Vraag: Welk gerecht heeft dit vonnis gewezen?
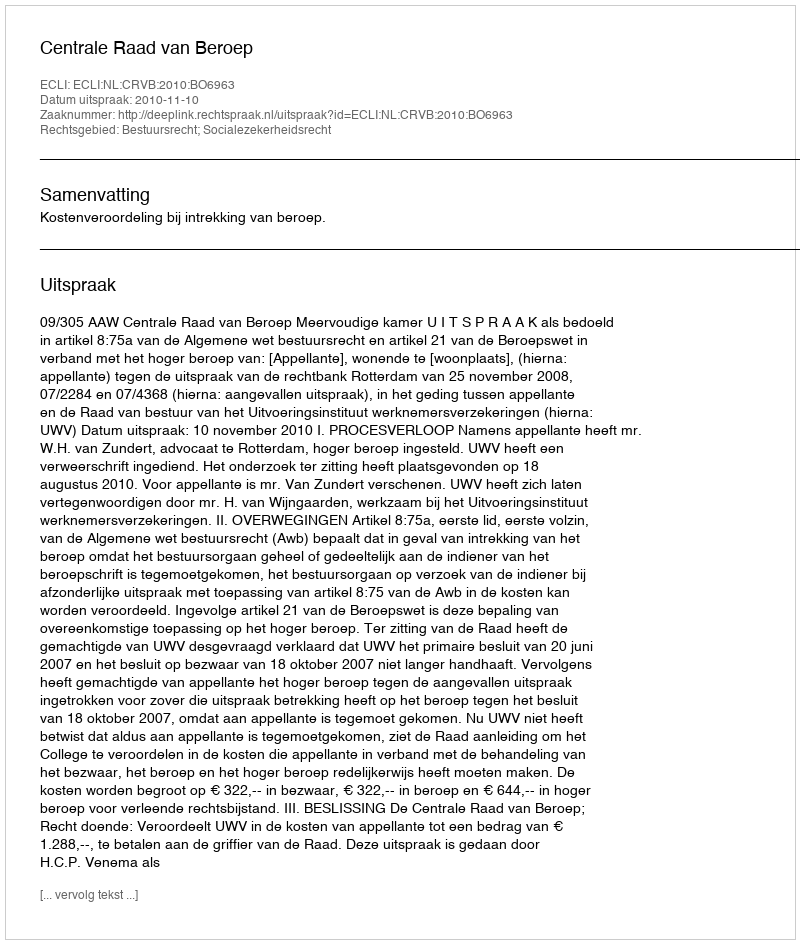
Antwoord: Centrale Raad van Beroep